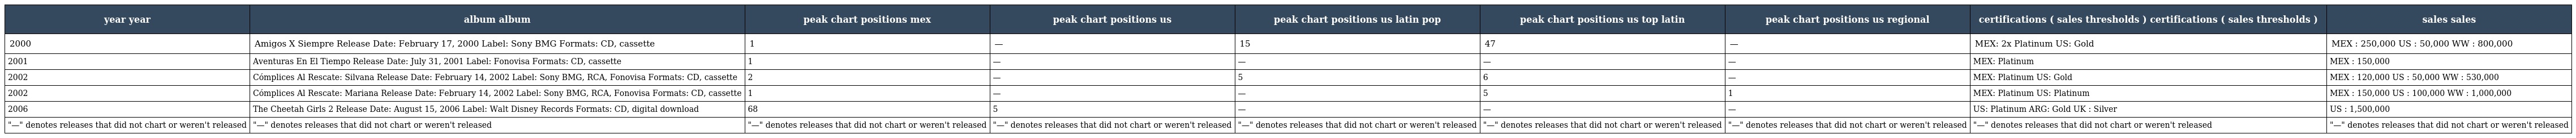
| year year | album album | peak chart positions mex | peak chart positions us | peak chart positions us latin pop | peak chart positions us top latin | peak chart positions us regional | certifications ( sales thresholds ) certifications ( sales thresholds ) | sales sales |
 | --- | --- | --- | --- | --- | --- | --- | --- | --- |
 | 2000 | Amigos X Siempre Release Date: February 17, 2000 Label: Sony BMG Formats: CD, cassette | 1 | — | 15 | 47 | — | MEX: 2x Platinum US: Gold | MEX : 250,000 US : 50,000 WW : 800,000 |
 | 2001 | Aventuras En El Tiempo Release Date: July 31, 2001 Label: Fonovisa Formats: CD, cassette | 1 | — | — | — | — | MEX: Platinum | MEX : 150,000 |
 | 2002 | Cómplices Al Rescate: Silvana Release Date: February 14, 2002 Label: Sony BMG, RCA, Fonovisa Formats: CD, cassette | 2 | — | 5 | 6 | — | MEX: Platinum US: Gold | MEX : 120,000 US : 50,000 WW : 530,000 |
 | 2002 | Cómplices Al Rescate: Mariana Release Date: February 14, 2002 Label: Sony BMG, RCA, Fonovisa Formats: CD, cassette | 1 | — | — | 5 | 1 | MEX: Platinum US: Platinum | MEX : 150,000 US : 100,000 WW : 1,000,000 |
 | 2006 | The Cheetah Girls 2 Release Date: August 15, 2006 Label: Walt Disney Records Formats: CD, digital download | 68 | 5 | — | — | — | US: Platinum ARG: Gold UK : Silver | US : 1,500,000 |
 | "—" denotes releases that did not chart or weren't released | "—" denotes releases that did not chart or weren't released | "—" denotes releases that did not chart or weren't released | "—" denotes releases that did not chart or weren't released | "—" denotes releases that did not chart or weren't released | "—" denotes releases that did not chart or weren't released | "—" denotes releases that did not chart or weren't released | "—" denotes releases that did not chart or weren't released | "—" denotes releases that did not chart or weren't released |